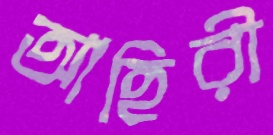
আহিরী